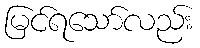
မြင်ရသော်လည်း